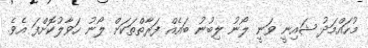
މުހައްމަދު ޝައިނީ ވަނީ ލޯނު ލިބުނު ބައެއް ފަރާތްތަކަށް ލޯނު ހަވާލުކޮށްފަ އެވެ.